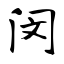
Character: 闵